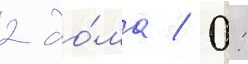
2 до́ма / 0: